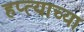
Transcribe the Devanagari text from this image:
हप्‍त्याच्या